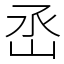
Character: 㞼